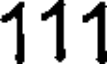
111